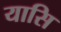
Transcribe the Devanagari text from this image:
यासि